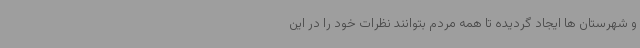
و شهرستان ها ایجاد گردیده تا همه مردم بتوانند نظرات خود را در این